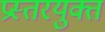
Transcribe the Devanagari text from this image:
प्रस्तरयुक्त